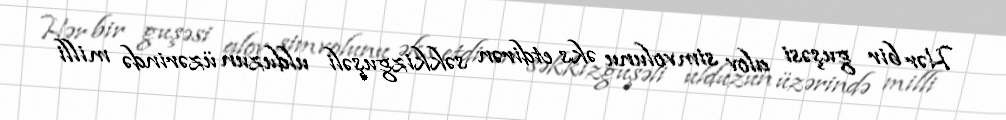
Hər bir guşəsi alov simvolunu əks etdirən səkkizguşəli ulduzun üzərində milli